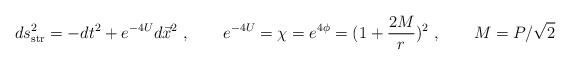
\begin{align*}ds^2_{\rm str}= - dt^2 + e^{-4 U} d\vec{x}^2\ , \qquad e^{-4U} = \chi = e^{4\phi} =(1+ {2M \over r})^2\ , \qquad M=P/\sqrt 2\end{align*}